Calcutta medical institutions reports 1871-78
Year: 1871
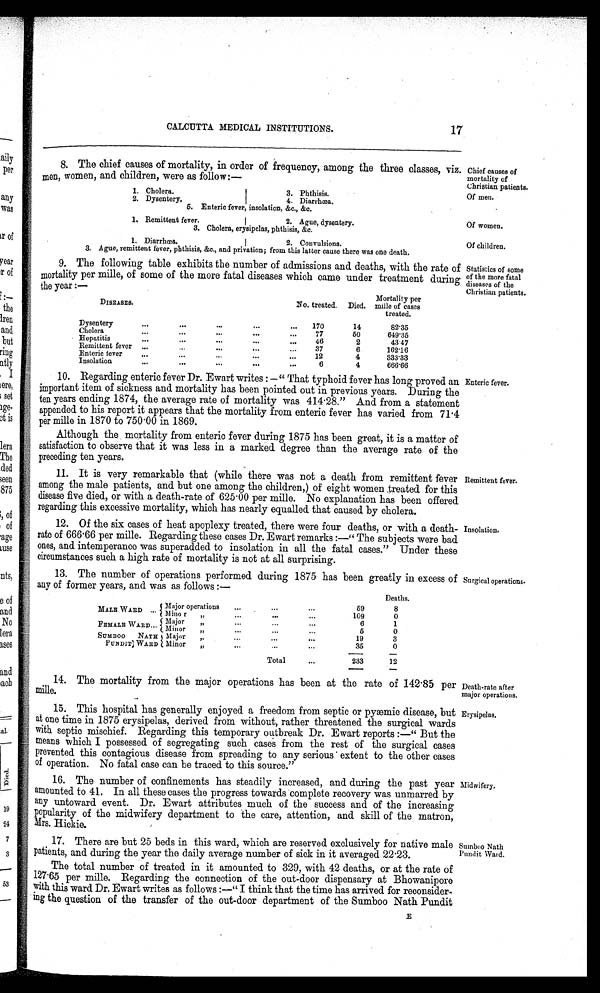
Of men.
Of women.
Of children.
CALCUTTA MEDICAL INSTITUTIONS.
17
8. The chief causes of mortality, in order of frequency, among the three classes, viz.
men, women, and children, were as follow :—
Chief causes of
mortality of
Christian patients.
1. Cholera.
I
3. Phthisis.
2. Dysentery.
4. Diarrhœa.
5 .
E n t e r i c f e v e r , i n s o l a t i o n , & c . , & c .
1. Remittent fever.
2. Ague, dysentery.
3. Cholera, erysipelas, phthisis, &c.
1. Diarrhœa.
2. Convulsions.
3. Ague, remittent fever, phthisis, &c., and privation; from this latter cause there was one death.
9. The following table exhibits the number of admissions and deaths, with the rate of
mortality per mile, of some of the more fatal diseases which came under treatment during
the year:—
Statistics of some
of the more fatal diseases of the Christian patients.
DISEASES.
No. treated. Died. Mortality per
mi l l e of cases
treated.
Dysentery
170
14
8 2 . 3 5
Cholera
77
50 6 4 9 . 3 5
Hepatitis
4
6
2
4 3 . 4 7
Remittent fever 37
6 1 6 2 . 1 6
Enteric fever 12
4 3 3 3 . 3 3
Insolation
6
4 6 6 6 . 6 6
10.Regarding enteric fever Dr. Ewart writes:—" That typhoid fever has long proved an
important item of sickness and mortality has been pointed out in previous years. During the
ten years ending 1874, the average rate of mortality was 414.28." And from a statement
appended to his report it appears that the mortality from enteric fever has varied from 71.4
per mile in 1870 to 750.00 in 1869.
Enteric fever.
Although the mortality from enteric fever during 1875 has been great, it is a matter of
satisfaction to observe that it was less in a marked degree than the average rate of the
preceding ten years.
11.It is very remarkable that (while there was not a death from remittent fever
among the male patients, and but one among the children,) of eight women treated for this
disease five died, or with a death-rate of 625.00 per mille. No explanation has been offered
regarding this excessive mortality, which has nearly equalled that caused by cholera.
Remittent fever.
12.
Of the six cases of heat apoplexy treated, there were four deaths, or with a death-
rate of 666.66 per mille. Regarding these cases Dr. Ewart remarks:—" The subjects were bad
ones, and intemperance was superadded to insolation in all the fatal cases." Under these
circumstances such a high rate of mortality is not at all surprising.
Insolation.
13.The number of operations performed during 1875 has been greatly in excess of
any of former years and was as follow:—
Surgical operations.
Deaths.
MALE WARD Major operations 59
8
Minor ,,
109 0
FEMALE WARD
M a j o r , ,
6
1
Minor , ,
5
0
SUMBOO N A T H
PUNDIT WARD Major ,,
19
3
Minor ,,
35
0
Total 233 12
14.
The mortality from the major operations has been at the rate of 142.85 per
mille.
Death-rate after
major operations
.
15.This hospital has generally enjoyed a freedom from septic or pyæmic disease, but
at one time in 1875 erysipelas, derived from without, rather threatened the surgical wards
with septic mischief. Regarding this temporary outbreak Dr. Ewart reports:—"But the
means which I possessed of segregating such cases from the rest of the surgical cases
prevented this contagious disease from spreading to any serious extent to the other cases
of operation. No fatal case can be traced to this source."
Erysipelas
16. The number of confinements has steadily increased, and during the past year
amounted to 41. In all these cases the progress towards complete recovery was unmarred by
any untoward event. Dr. Ewart attributes much of the success and of the increasing
popularity of the midwifery department to the care, attention, and skill of the matron,
Mrs. Hickie.
Midwifery.
17.There are but 25 beds in this ward, which are reserved exclusively for native male
patients, and during the year the daily average number of sick in it averaged 22.23.
Sumboo Nath
Pundit Ward.
The total number of treated in it amounted to 329, with 42 deaths, or at the rate of
127.65 per mille. Regarding the connection of the out-door dispensary at Bhowanipore
with this ward Dr. Ewart writes as follows:—"I think that the time has arrived for reconsider-
ing the question of the transfer of the out-door department of the Sumboo Nath Pundit